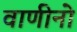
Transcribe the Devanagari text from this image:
वाणीनो